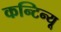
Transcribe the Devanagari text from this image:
कन्टिन्यू